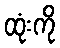
ထုံးကို